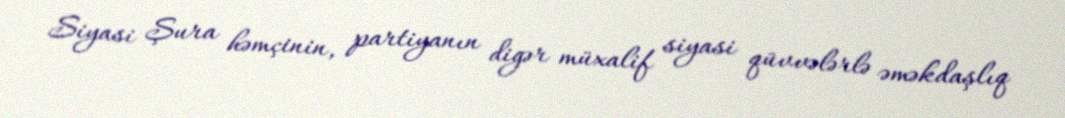
Siyasi Şura həmçinin, partiyanın digər müxalif siyasi qüvvələrlə əməkdaşlıq